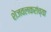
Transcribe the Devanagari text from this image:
शेजवलकरांच्या